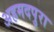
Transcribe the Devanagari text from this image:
अहमदपुरा